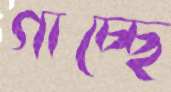
গাচ্ছে